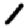
Digit: 1